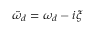
\tilde { \omega } _ { d } = \omega _ { d } - i \xi